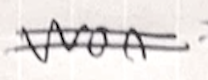
Text: won
Cross-out: double-line
Writing tool: ballpoint